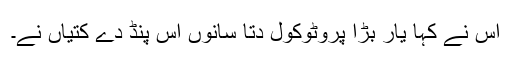
اس نے کہا یار بڑا پروٹوکول دتا سانوں اس پنڈ دے کتیاں نے۔